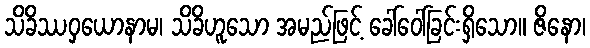
သိခိဿဝှယောနာမ၊ သိခိဟူသော အမည်ဖြင့် ခေါ်ဝေါ်ခြင်းရှိသော။ ဇိနော၊